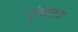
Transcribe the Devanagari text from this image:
यूंगटागट